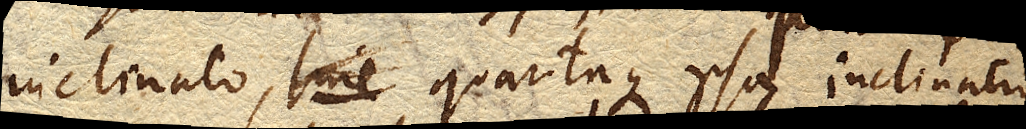
inclinato, sine quantaque ipsa inclinatio